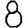
Digit: 8